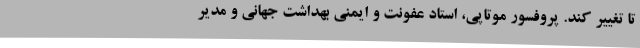
تا تغییر کند. پروفسور موتاپی، استاد عفونت و ایمنی بهداشت جهانی و مدیر